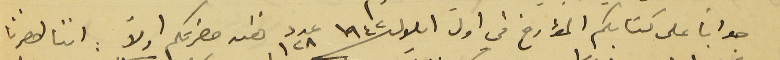
جواباً على كتابكم المؤارخ في اول ايلول سنة ١٩٤٢ عدد ١٢٨ نفسه حضرتكم اولاً : اننا احضرنا